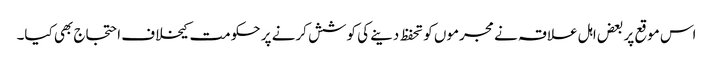
اس موقع پر بعض اہل علاقہ نے مجرموں کو تحفظ دینے کی کوشش کرنے پر حکومت کیخلاف احتجاج بھی کیا۔